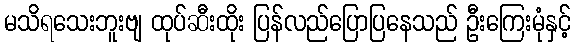
မသိရသေးဘူးဗျ ထုပ်ဆီးထိုး ပြန်လည်ပြောပြနေသည် ဦးကြေးမုံနှင့်